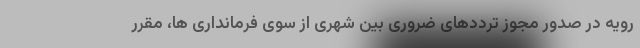
رویه در صدور مجوز ترددهای ضروری بین شهری از سوی فرمانداری ها، مقرر